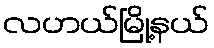
လဟယ်မြို့နယ်